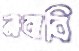
নাবাবি